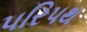
પરિપથ